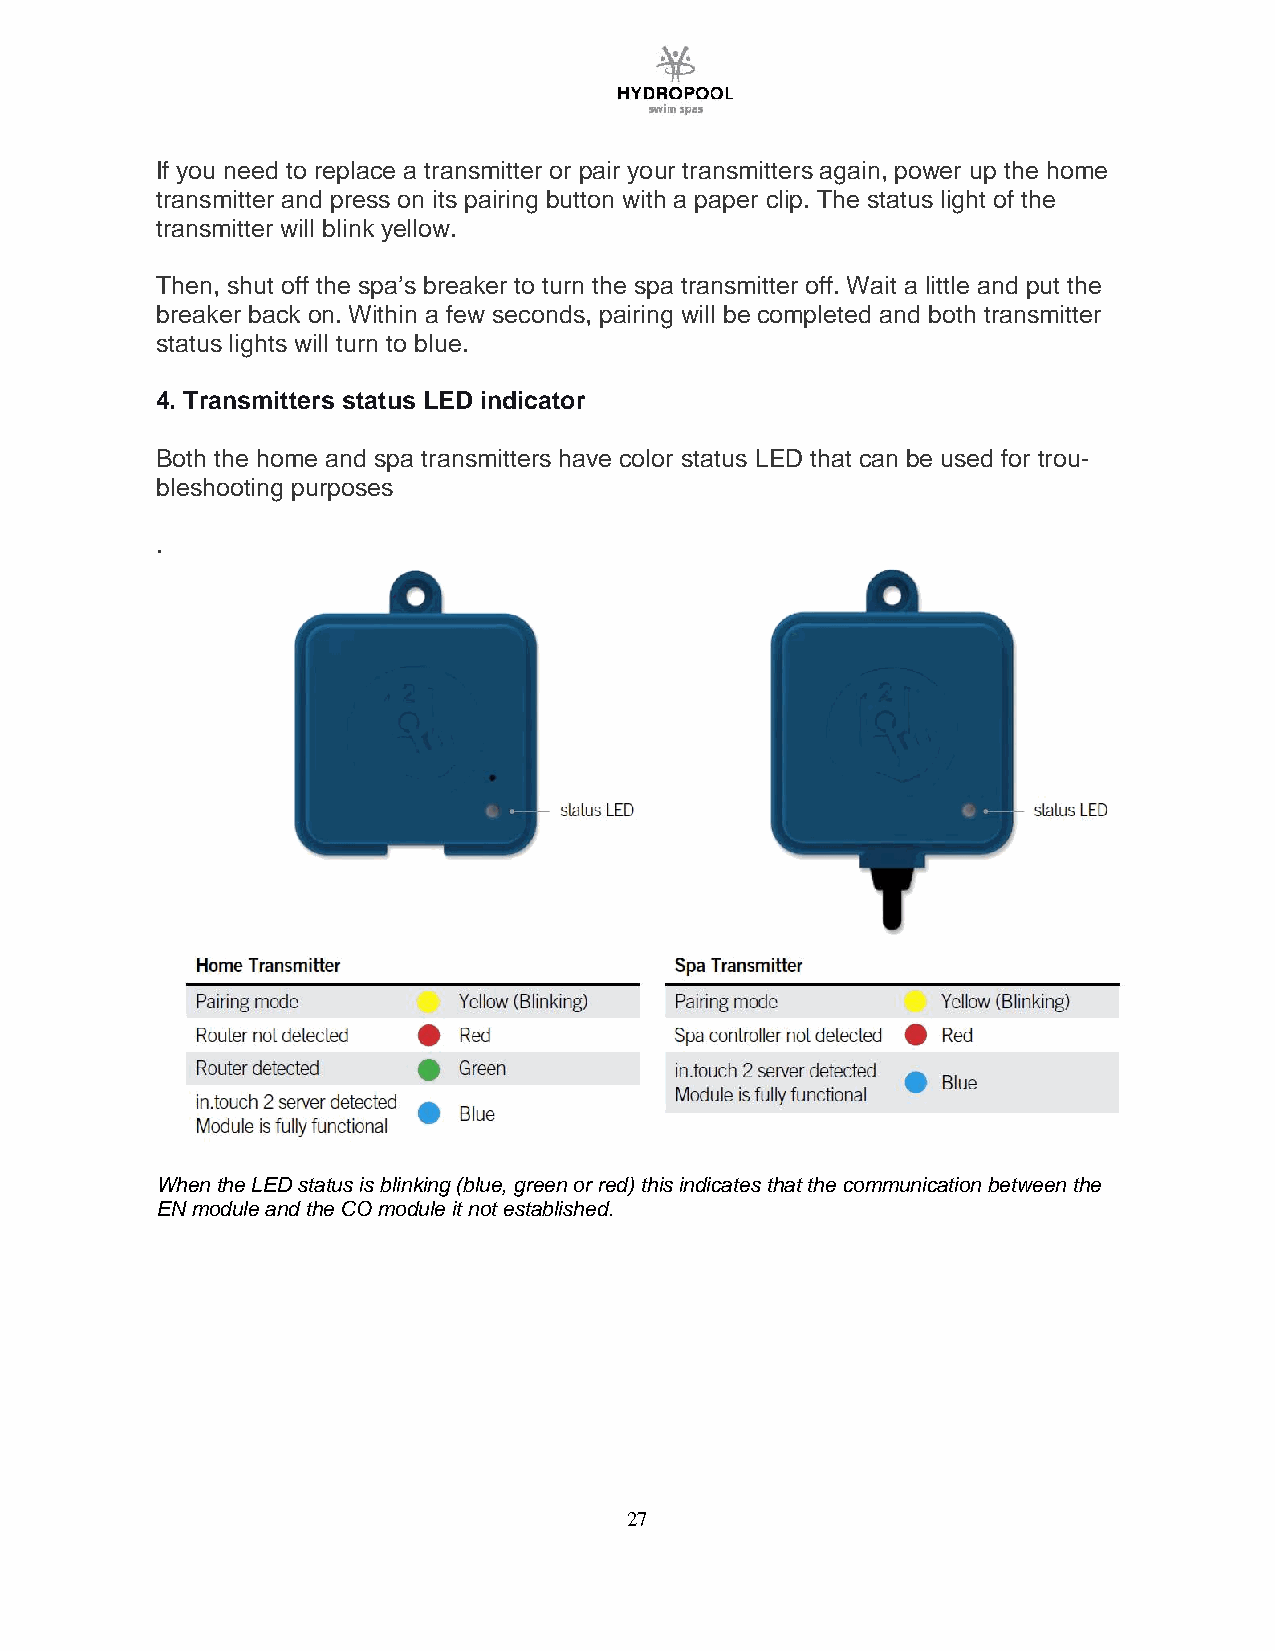
If you need to replace a transmitter or pair your transmitters again, power up the home
 transmitter and press on its pairing button with a paper clip. The status light of the
 transmitter will blink yellow.
 Then, shut off the spa’s breaker to turn the spa transmitter off. Wait a little and put the
 breaker back on. Within a few seconds, pairing will be completed and both transmitter
 status lights will turn to blue.
 4. Transmitters status LED indicator
 Both the home and spa transmitters have color status LED that can be used for trou-
 bleshooting purposes
 .
 When the LED status is blinking (blue, green or red) this indicates that the communication between the
 EN module and the CO module it not established.
 27